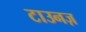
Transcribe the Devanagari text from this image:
टाउनज़